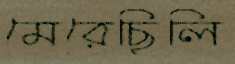
মেরেছিলি